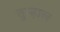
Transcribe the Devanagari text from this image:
तुम्हाल